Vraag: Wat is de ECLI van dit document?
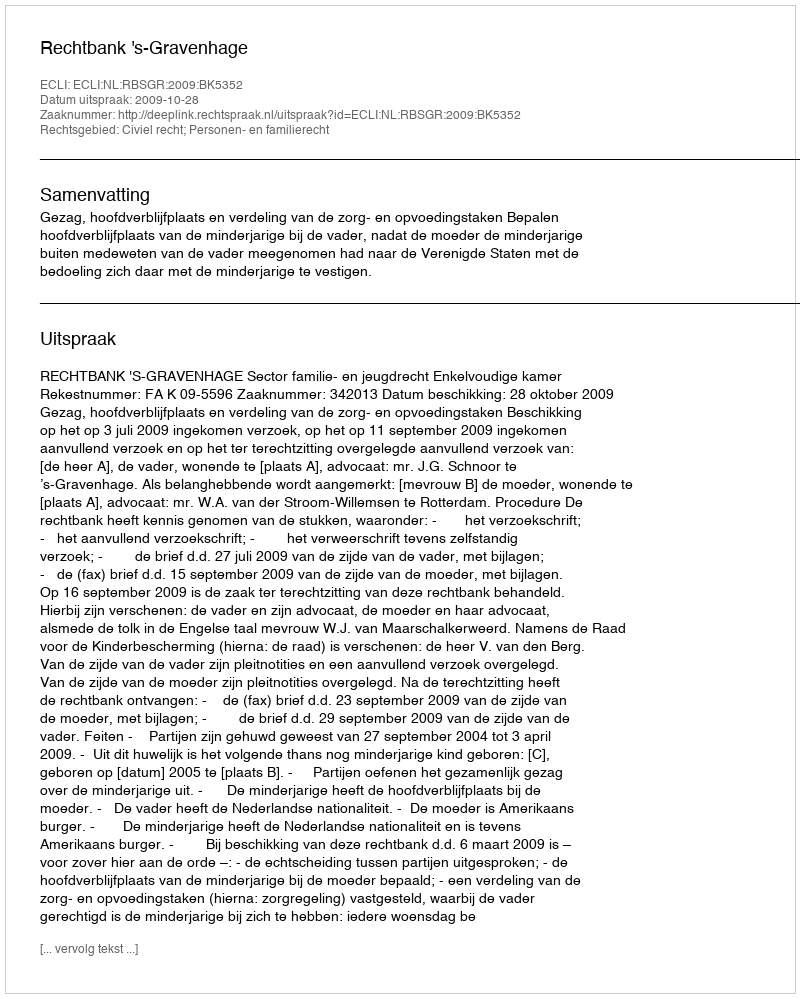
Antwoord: ECLI:NL:RBSGR:2009:BK5352